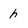
Character: h